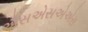
એસએસએએસ